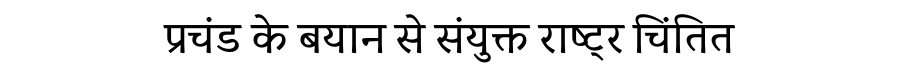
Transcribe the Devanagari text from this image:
प्रचंड के बयान से संयुक्त राष्ट्र चिंतित